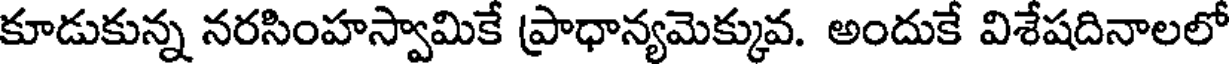
కూడుకున్న నరసింహస్వామికే ప్రాధాన్యమెక్కువ. అందుకే విశేషదినాలలో